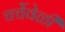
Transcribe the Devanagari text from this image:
चर्चेवेळी